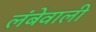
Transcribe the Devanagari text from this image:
लंबेवाली